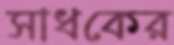
সাধকের